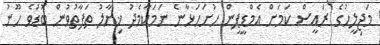
މަޖިލީހުގެ ރައީސް ކަމަށް އެމްޑީޕީން ހުށަހަޅާނެ ނަމަކާމެދު ޚިޔާލު ތަފާތުވުން ބޮޑުވެ ހޫނު